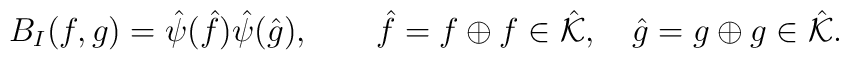
B_I(f,g) = \hat{\psi}(\hat{f})\hat{\psi}(\hat{g}),\qquad \hat{f}=f\oplus f \in \hat{\cal K},\quad\hat{g}=g\oplus g \in \hat{\cal K}.